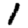
Digit: 1